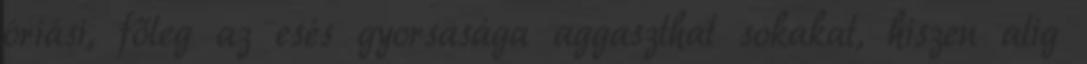
óriási, főleg az esés gyorsasága aggaszthat sokakat, hiszen alig